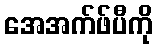
အေအက်ဖ်ပီကို